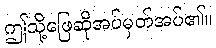
ဤသို့ဖြေဆိုအပ်မှတ်အပ်၏။